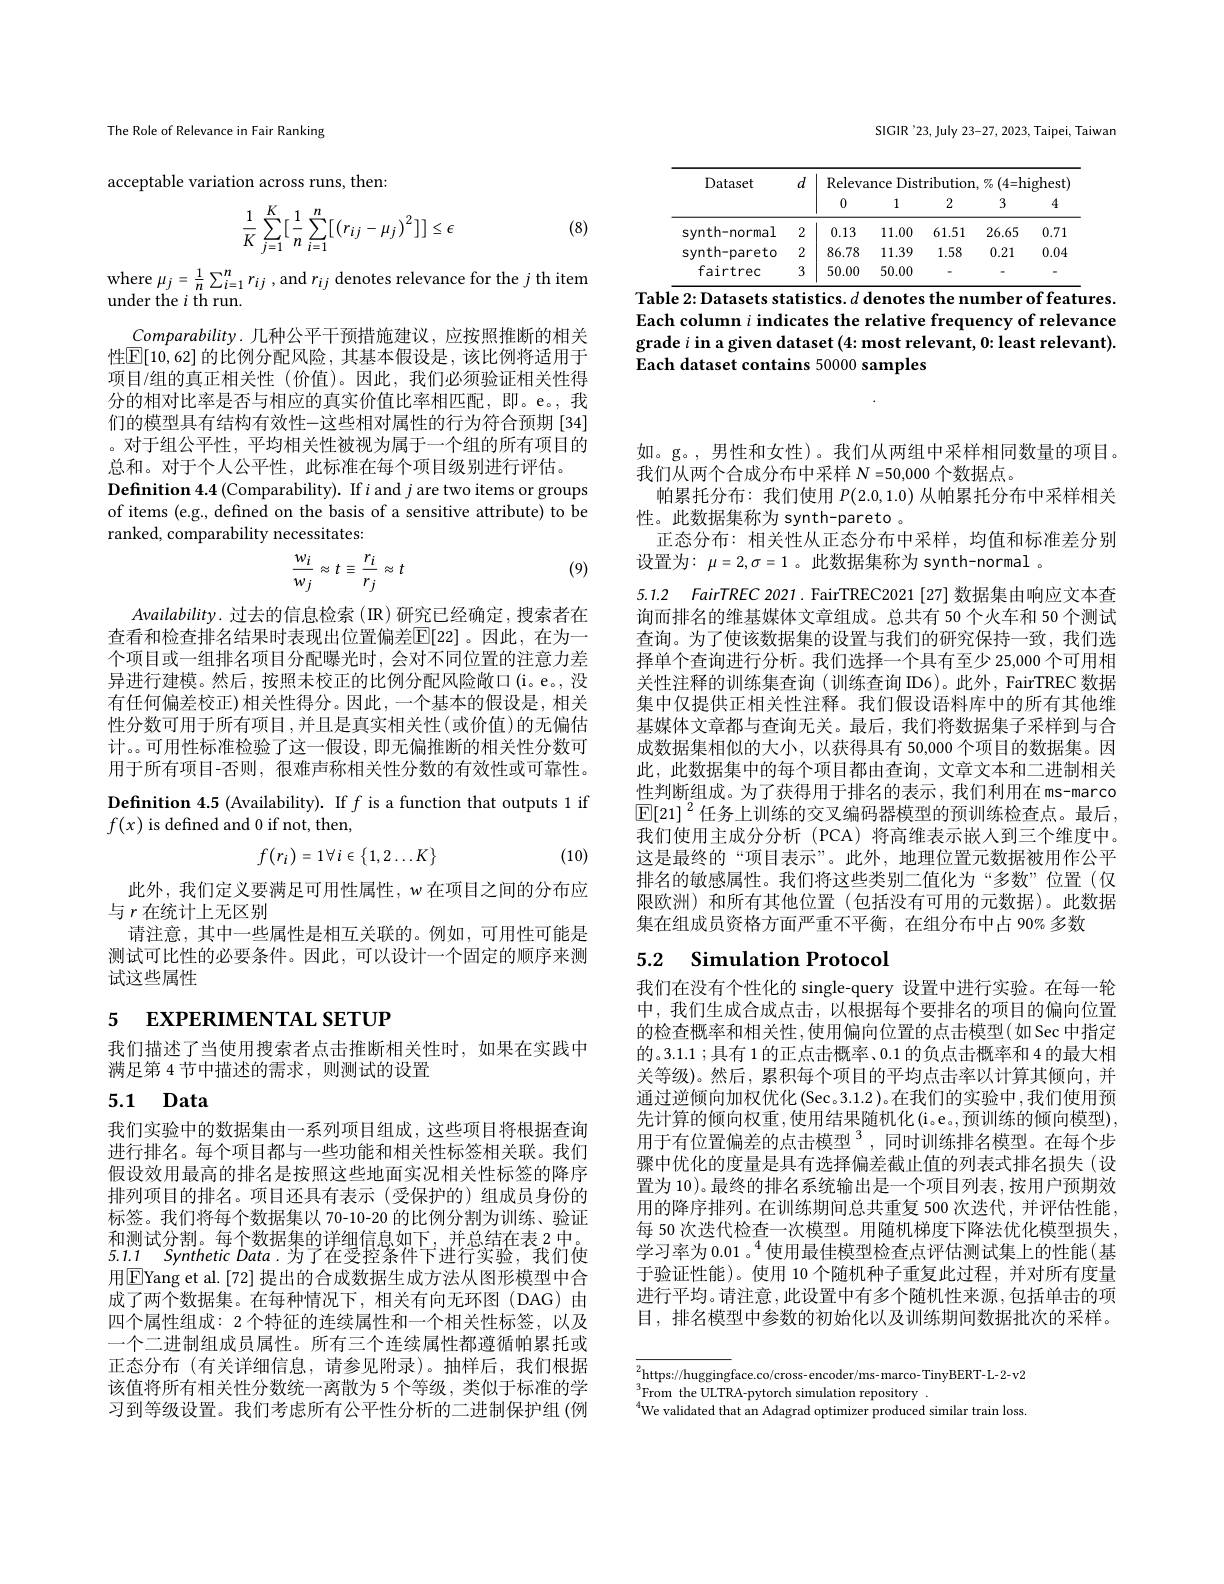
The Role of Relevance in Fair Ranking

acceptable variation across runs, then:

(8)
$$\frac{1}{K}\sum_{j=1}^{K}[\frac{1}{n}\sum_{i=1}^{n}[\left(r_{ij}-\mu_{j}\right)^{2}]]\leq\epsilon $$
where $\mu_j=\frac1n\sum_{i=1}^nr_{ij}$ , and $r_ij$ denotes relevance for the $j$ th item
under the $i$ th run.

$Comparability.$几种公平干预措施建议，应按照推断的相关性$\boxed{\mathbb{E}}[10,62]$ 的比例分配风险，其基本假设是，该比例将适用于项目/组的真正相关性(价值)。因此，我们必须验证相关性得分的相对比率是否与相应的真实价值比率相匹配，即。e。,我们的模型具有结构有效性-这些相对属性的行为符合预期 [34] 。对于组公平性，平均相关性被视为属于一个组的所有项目的总和。对于个人公平性，此标准在每个项目级别进行评估。
Definition $4.4\left(\text{Comparability}\right).$ If $i$ and $j$ are two items or groups of items (e.g., defined on the basis of a sensitive attribute) to be ranked, comparability necessitates:

(9)
$$\frac{w_{i}}{w_{j}}\approx t\equiv\frac{r_{i}}{r_{j}}\approx t$$
$Availability.$过去的信息检索 (IR)研究已经确定，搜索者在查看和检查排名结果时表现出位置偏差$\mathbb{E}[22]$ 。因此，在为一个项目或一组排名项目分配曝光时，会对不同位置的注意力差异进行建模。然后，按照未校正的比例分配风险敞口(i。e。,没有任何偏差校正)相关性得分。因此，一个基本的假设是，相关性分数可用于所有项目 ,并且是真实相关性(或价值)的无偏估计。。可用性标准检验了这一假设，即无偏推断的相关性分数可用于所有项目-否则，很难声称相关性分数的有效性或可靠性。

Definition 4.5 (Availability). If $f$ is a function that outputs 1 if
$f(x)$ is defined and 0 if not, then,
$$f(r_i)=1\forall i\in\{1,2\ldots K\}$$
(10)

此外，我们定义要满足可用性属性，$w$在项目之间的分布应
与$r$在统计上无区别
请注意，其中一些属性是相互关联的。例如，可用性可能是测试可比性的必要条件。因此，可以设计一个固定的顺序来测试这些属性

# 5 EXPERIMENTAL SETUF

我们描述了当使用搜索者点击推断相关性时，如果在实践中
满足第 4 节中描述的需求，则测试的设置

# 5.1 Data

我们实验中的数据集由一系列项目组成，这些项目将根据查询进行排名。每个项目都与一些功能和相关性标签相关联。我们假设效用最高的排名是按照这些地面实况相关性标签的降序排列项目的排名。项目还具有表示(受保护的)组成员身份的标签。我们将每个数据集以 70-10-20 的比例分割为训练、验证和测试分割。每个数据集的详细信息如下，并总结在表2中。5.1.1 Synthetic Data.为了在受控条件下进行实验，我们使用$\boxed{\mathrm{E}}$Yang et al. [72] 提出的合成数据生成方法从图形模型中合成了两个数据集。在每种情况下，相关有向无环图(DAG)由四个属性组成：2 个特征的连续属性和一个相关性标签，以及一个二进制组成员属性。所有三个连续属性都遵循帕累托或正态分布 (有关详细信息，请参见附录)。抽样后，我们根据该值将所有相关性分数统一离散为5个等级，类似于标准的学习到等级设置。我们考虑所有公平性分析的二进制保护组(例

SIGIR '23, July 23-27, 2023, Taipei, Taiwan

<table>
	<tbody>
		<tr>
			<th rowspan="2">Dataset</th>
			<th rowspan="2">$d$</th>
			<th colspan="5">Relevance Distribution, $\%(4=$highest</th>
		</tr>
		<tr>
			<th>0</th>
			<th>1</th>
			<th>2</th>
			<th>3</th>
			<th>4</th>
		</tr>
		<tr>
			<td>synth-normal</td>
			<td>2</td>
			<td>0.13</td>
			<td>11.00</td>
			<td>61.51</td>
			<td>26.65</td>
			<td>0.71</td>
		</tr>
		<tr>
			<td>synth-pareto</td>
			<td>2</td>
			<td>86.78</td>
			<td>11.39</td>
			<td>1.58</td>
			<td>0.21</td>
			<td>0.04</td>
		</tr>
		<tr>
			<td>fairtrec</td>
			<td>3</td>
			<td>50.00</td>
			<td>50.00</td>
			<td> </td>
			<td> </td>
			<td>-</td>
		</tr>
	</tbody>
</table>
Table 2:Datasets statistics.$d$ denotes the number of features.

Each column $i$ indicates the relative frequency of relevance grade $i$ in a given dataset (4: most relevant, 0: least relevant). Each dataset contains 50000 samples

$\cdot$

如。g。,男性和女性)。我们从两组中采样相同数量的项目。
我们从两个合成分布中采样$N=50,000$个数据点。
帕累托分布：我们使用$P(2.0,1.0)$从帕累托分布中采样相关
性。此数据集称为 synth-pareto 。
正态分布：相关性从正态分布中采样，均值和标准差分别
设置为：$\mu=2,\sigma=1$ 。此数据集称为 synth-normal 。

5.1.2 FairTREC 2021. FairTREC2021 [27] 数据集由响应文本查询而排名的维基媒体文章组成。总共有 50 个火车和 50 个测试

查询。为了使该数据集的设置与我们的研究保持一致，我们选择单个查询进行分析。我们选择一个具有至少 25,000 个可用相关性注释的训练集查询 (训练查询 ID6)。此外，FairTREC 数据集中仅提供正相关性注释。我们假设语料库中的所有其他维基媒体文章都与查询无关。最后，我们将数据集子采样到与合成数据集相似的大小，以获得具有 50,000 个项目的数据集。因此，此数据集中的每个项目都由查询，文章文本和二进制相关性判断组成。为了获得用于排名的表示，我们利用在 ms-marco $\boxed{\mathbb{E}}[21]^2$任务上训练的交叉编码器模型的预训练检查点。最后我们使用主成分分析(PCA)将高维表示嵌人到三个维度中。这是最终的“项目表示”。此外，地理位置元数据被用作公平排名的敏感属性。我们将这些类别二值化为“多数”位置(仅限欧洲)和所有其他位置(包括没有可用的元数据)。此数据集在组成员资格方面严重不平衡，在组分布中占 90% 多数

# 5.2 $\textbf{Simulation Protocol}$

我们在没有个性化的 single-query 设置中进行实验。在每一轮中，我们生成合成点击，以根据每个要排名的项目的偏向位置的检查概率和相关性，使用偏向位置的点击模型(如 Sec 中指定的。3.1.1 ;具有 1 的正点击概率、0.1的负点击概率和 4 的最大相关等级)。然后，累积每个项目的平均点击率以计算其倾向，并通过逆倾向加权优化 (Sec。3.1.2)。在我们的实验中，我们使用预先计算的倾向权重，使用结果随机化(i。e。,预训练的倾向模型) 用于有位置偏差的点击模型$^3$,同时训练排名模型。在每个步骤中优化的度量是具有选择偏差截止值的列表式排名损失(设置为 10)。最终的排名系统输出是一个项目列表，按用户预期效用的降序排列。在训练期间总共重复 500 次迭代，并评估性能每 50 次迭代检查一次模型。用随机梯度下降法优化模型损失。学习率为 0.01 。$^{4}$使用最佳模型检查点评估测试集上的性能(基于验证性能)。使用 10 个随机种子重复此过程，并对所有度量进行平均。请注意，此设置中有多个随机性来源，包括单击的项目，排名模型中参数的初始化以及训练期间数据批次的采样。

$\int_{3}^{2}$https://huggingface.co/cross-encoder/ms- marco- TinyBERT-L-2-v2
$_{4}^{3}$From the ULTRA-pytorch simulation repository.
$^{4}$We validated that an Adagrad optimizer produced similar train loss.